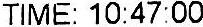
TIME: 10:47:00